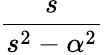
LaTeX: \frac{s}{s^{2}-\alpha^{2}}